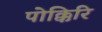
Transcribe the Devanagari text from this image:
पोक्किरि